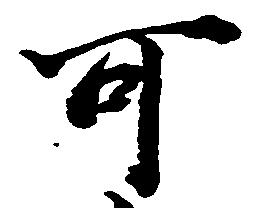
可